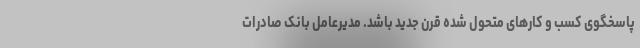
پاسخگوی کسب و کارهای متحول شده قرن جدید باشد. مدیرعامل بانک صادرات